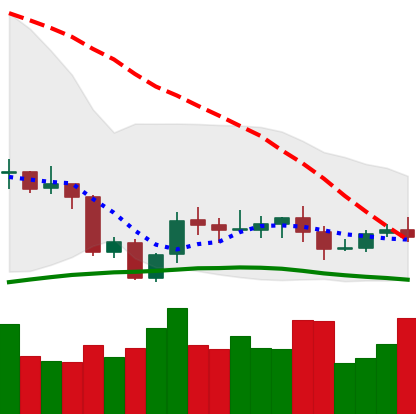
Ticker: XLM-USD
Chart end date: 2020-10-06
Forward return: 6.521%
Label: up_5_7